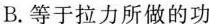
B.等于拉力所做的功